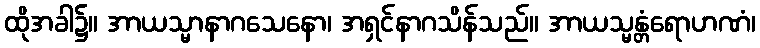
ထိုအခါ၌။ အာယသ္မာနာဂသေနော၊ အရှင်နာဂသိန်သည်။ အာယသ္မန္တံရောဟဏံ၊